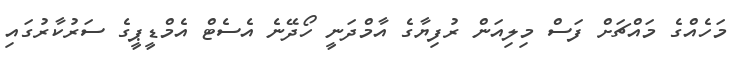
މަހެއްގެ މައްޗަށް ފަސް މިލިއަން ރުފިޔާގެ އާމްދަނީ ހޯދޭނެ އެސެޓް އެމްޑީޕީގެ ސަރުކާރުގައި